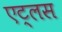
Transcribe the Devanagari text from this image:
एट्लस